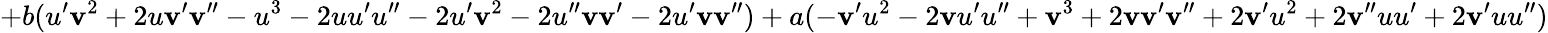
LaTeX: +b(u^{\prime}\mathbf{v}^{2}+2u\mathbf{v}^{\prime}\mathbf{v}^{\prime\prime}-u^{3}-2uu^{\prime}u^{\prime\prime}-2u^{\prime}\mathbf{v}^{2}-2u^{\prime\prime}\mathbf{v}\mathbf{v}^{\prime}-2u^{\prime}\mathbf{v}\mathbf{v}^{\prime\prime})+a(-\mathbf{v}^{\prime}u^{2}-2\mathbf{v}u^{\prime}u^{\prime\prime}+\mathbf{v}^{3}+2\mathbf{v}\mathbf{v}^{\prime}\mathbf{v}^{\prime\prime}+2\mathbf{v}^{\prime}u^{2}+2\mathbf{v}^{\prime\prime}uu^{\prime}+2\mathbf{v}^{\prime}uu^{\prime\prime})